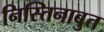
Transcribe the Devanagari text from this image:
निस्तिनाबुत